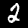
Digit: 2